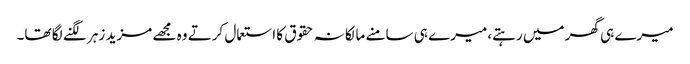
میرے ہی گھر میں رہتے، میرے ہی سامنے مالکانہ حقوق کا استعمال کرتے وہ مجھے مزید زہر لگنے لگا تھا۔